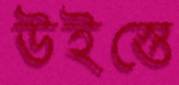
উইস্তে